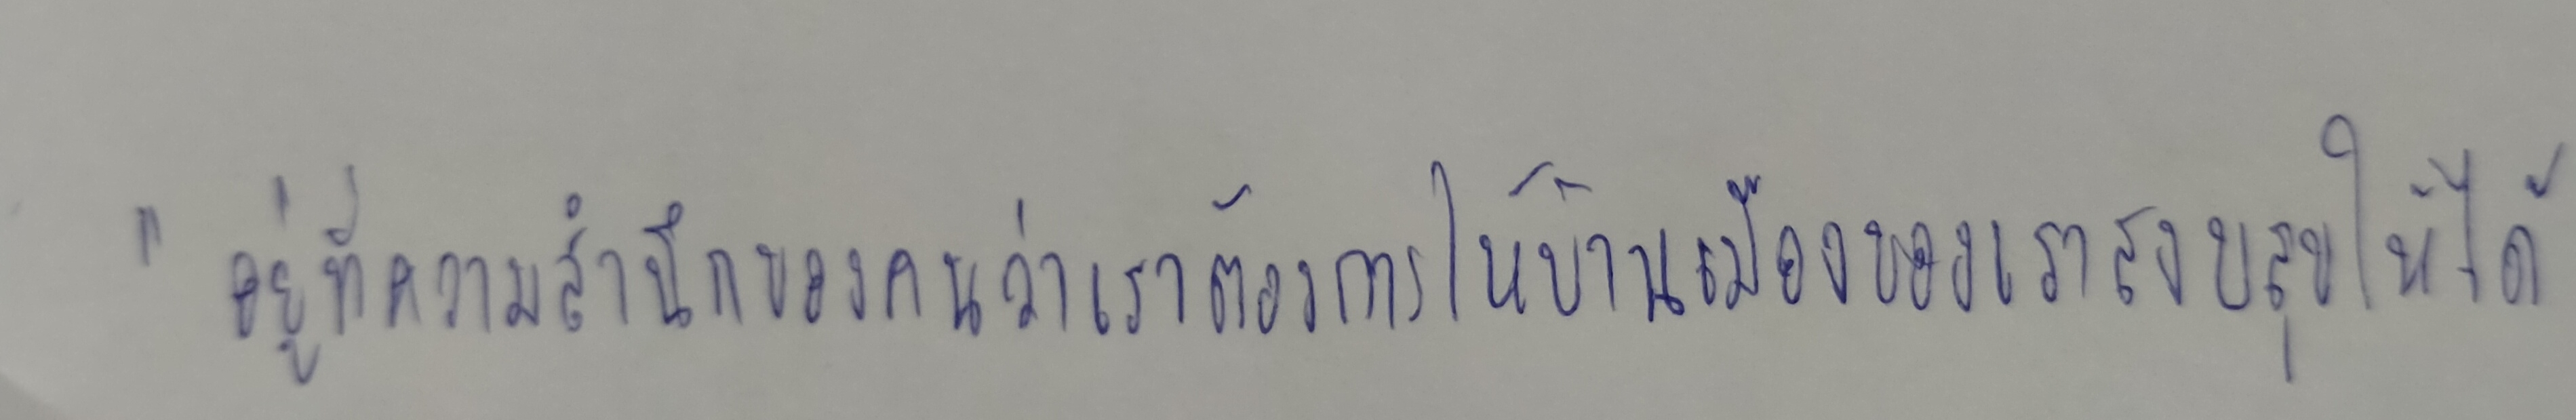
"อยู่ที่ความสำนึกของคนว่าเราต้องการให้บ้านเมืองของเราสงบสุขให้ได้